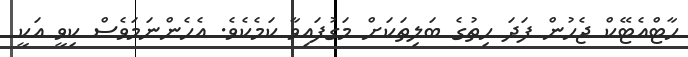
ހާޓްއެޓޭކް ޖެހުން ފަދަ ހިތުގެ ބަލިތަކަށް މަގުފައިވާ ކަމެކެވެ. އެހެންނަމަވެސް ކިވީ އަކީ